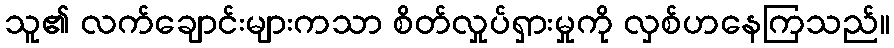
သူ၏ လက်ချောင်းများကသာ စိတ်လှုပ်ရှားမှုကို လှစ်ဟနေကြသည်။